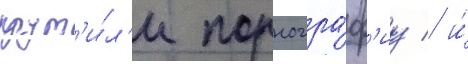
крут'и́л'и порногра́ф'иу / и́